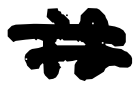
Text: is
Cross-out: double-line
Writing tool: digital_black